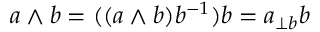
a \wedge b = ( ( a \wedge b ) b ^ { - 1 } ) b = a _ { \perp b } b